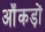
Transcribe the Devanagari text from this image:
ऑंकड़ों